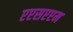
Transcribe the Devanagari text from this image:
एएसएएम